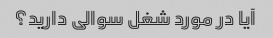
آیا در مورد شغل سوالی دارید؟